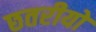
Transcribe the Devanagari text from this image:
छतरीयों